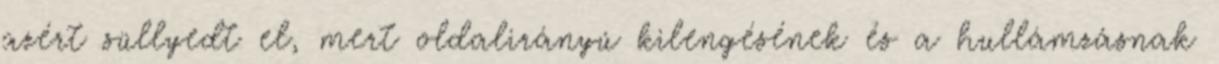
azért süllyedt el, mert oldalirányú kilengésének és a hullámzásnak